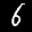
Label: 6